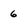
Character: 6